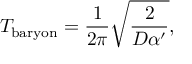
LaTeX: T _ { \mathrm { b a r y o n } } = \frac { 1 } { 2 \pi } \sqrt { \frac { 2 } { D \alpha ^ { \prime } } } ,